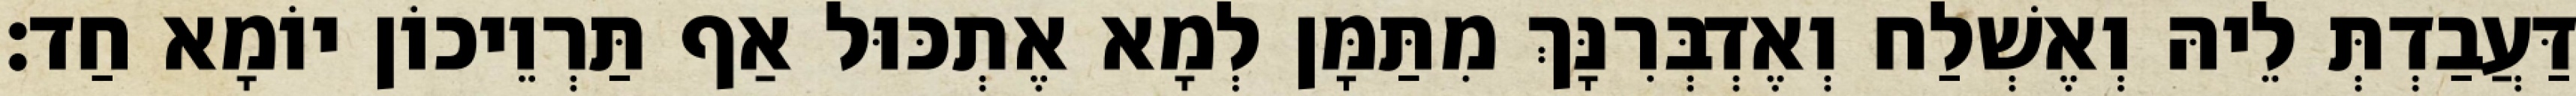
דַּעֲבַדְתְּ לֵיהּ וְאֶשְׁלַח וְאֶדְבְּרִנָּךְ מִתַּמָּן לְמָא אֶתְכּוּל אַף תַּרְוֵיכוֹן יוֹמָא חַד׃